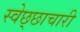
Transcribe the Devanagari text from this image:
स्वेछ्छाचारी